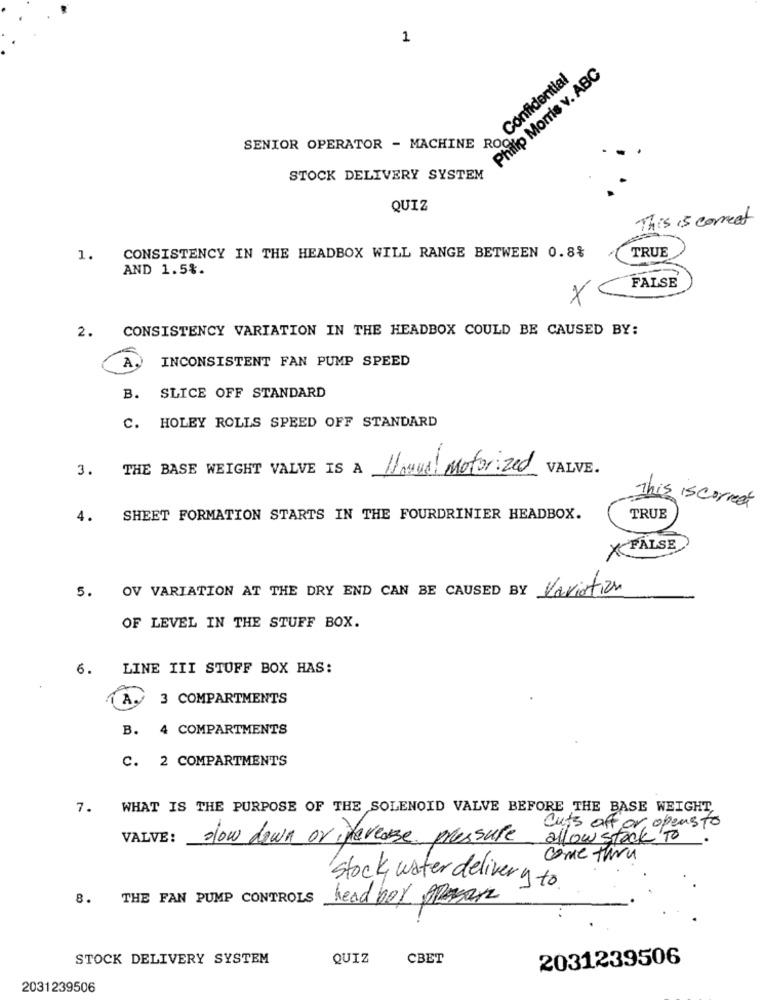
1
Philip Morris v. ABC
MENTOR OPERATOR ~ MACHINE Confiden
STOCK DELIVERY SYSTEM
QUIZ
This is correct
TRUE
1.
CONSISTENCY IN THE HEADBOX WILL RANGE BETWEEN 0.8%
AND 1.5%.
FALSE
X
2. CONSISTENCY VARIATION IN THE HEADBOX COULD BE CAUSED BY:
INCONSISTENT FAN PUMP SPEED
A
B. SLICE OFF STANDARD
C. HOLEY ROLLS SPEED OFF STANDARD
3. THE BASE WEIGHT VALVE IS A Hannal Motorized
VALVE.
This is correct
4.
SHEET FORMATION STARTS IN THE FOURDRINIER HEADBOX.
TRUE
* FALSE
OV VARIATION AT THE DRY END CAN BE CAUSED BY Variation
5.
OF LEVEL IN THE STUFF BOX.
6. LINE III STUFF BOX HAS:
3 COMPARTMENTS
B. 4 COMPARTMENTS
C. 2 COMPARTMENTS
7. WHAT IS THE PURPOSE OF THE SOLENOID VALVE BEFORE THE BASE WEIGHT,
cuts off or opensto
VALVE:
slow down or nevease pressure
allow stock To
come thru
stock water delivery to
8. THE FAN PUMP CONTROLS
head bor Presare
STOCK DELIVERY SYSTEM
QUIZ
CBET
2031239506
2031239506